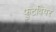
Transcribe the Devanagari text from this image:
फुटवियर